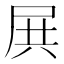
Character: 𡱒